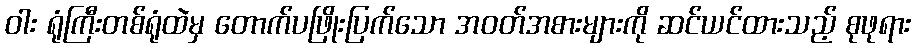
ဝါး ရုံကြီးတစ်ရုံထဲမှ တောက်ပဖြိုးပြက်သော အဝတ်အစားများကို ဆင်ယင်ထားသည့် စုဖုရား